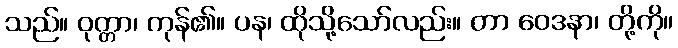
သည်။ ဝုတ္တာ၊ ကုန်၏။ ပန၊ ထိုသို့သော်လည်း။ တာ ဝေဒနာ၊ တို့ကို။